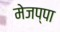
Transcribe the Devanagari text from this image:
मेजप्पा